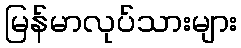
မြန်မာလုပ်သားများ